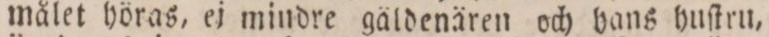
målet höras, ej mindre gäldenären och hans huſtru,